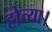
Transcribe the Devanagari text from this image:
होत्या।